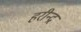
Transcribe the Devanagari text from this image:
हरीन्द्र